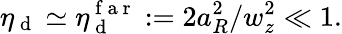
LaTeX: \eta_{\mathrm{~d~}}\simeq\eta_{\mathrm{~d~}}^{\mathrm{~f~a~r~}}:=2a_{R}^{2}/w_{z}^{2}\ll 1.